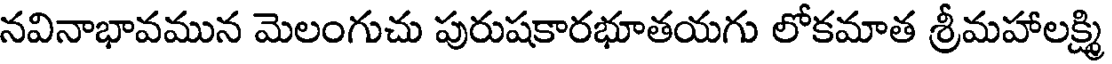
నవినాభావమున మెలంగుచు పురుషకారభూతయగు లోకమాత శ్రీమహాలక్ష్మి